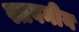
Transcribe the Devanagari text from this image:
स्तवनीय